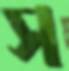
স